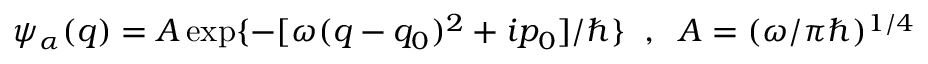
\psi _ { \alpha } ( q ) = A \exp \{ - [ \omega ( q - q _ { 0 } ) ^ { 2 } + i p _ { 0 } ] / \hbar \} \; \; , \; \; A = ( \omega / \pi \hbar ) ^ { 1 / 4 }